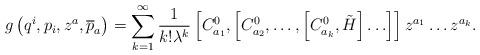
LaTeX: \begin{align*}g\left( q^i,p_i,z^a,\overline{p}_a\right)=\sum\limits_{k=1}^\infty \frac 1{k!\lambda ^k}\left[ C_{a_1}^0,\left[C_{a_2}^0,\ldots ,\left[ C_{a_k}^0,\tilde H\right] \ldots \right] \right]z^{a_1}\ldots z^{a_k}.\end{align*}